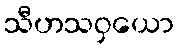
သီဟသဝှယော